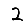
Digit: 2